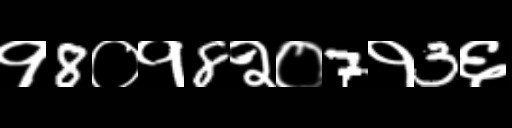
Text: १8०१8२०7१3६